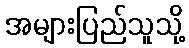
အများပြည်သူသို့